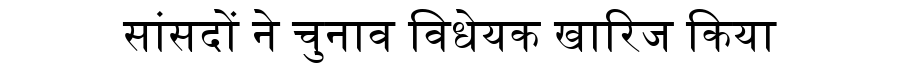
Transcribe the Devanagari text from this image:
सांसदों ने चुनाव विधेयक खारिज किया